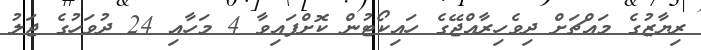
ރިޔާޒުގެ މައްޗަށް ދިވެހިރާއްޖޭގެ ހައިކޯޓުން ކޮށްފައިވާ 4 މަހާއި 24 ދުވަހުގެ ޖަލު